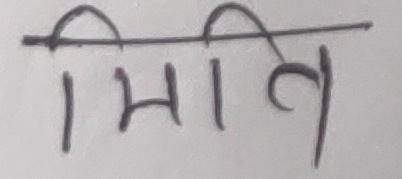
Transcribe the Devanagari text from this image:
मिति